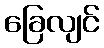
ခြေလျင်